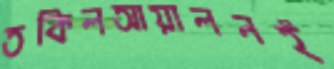
তকিলআয়ালনই